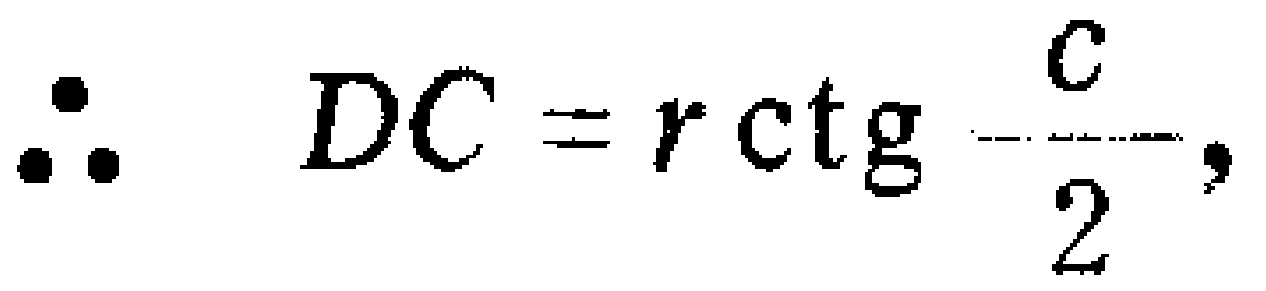
\[\therefore\quad DC = r\operatorname{ctg} \frac{c}{2},\]